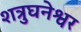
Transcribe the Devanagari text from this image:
शत्रुघनेश्वर